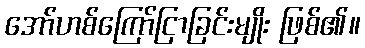
အော်ဟစ်ကြော်ငြာခြင်းမျိုး ဖြစ်၏။